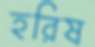
হরিষ